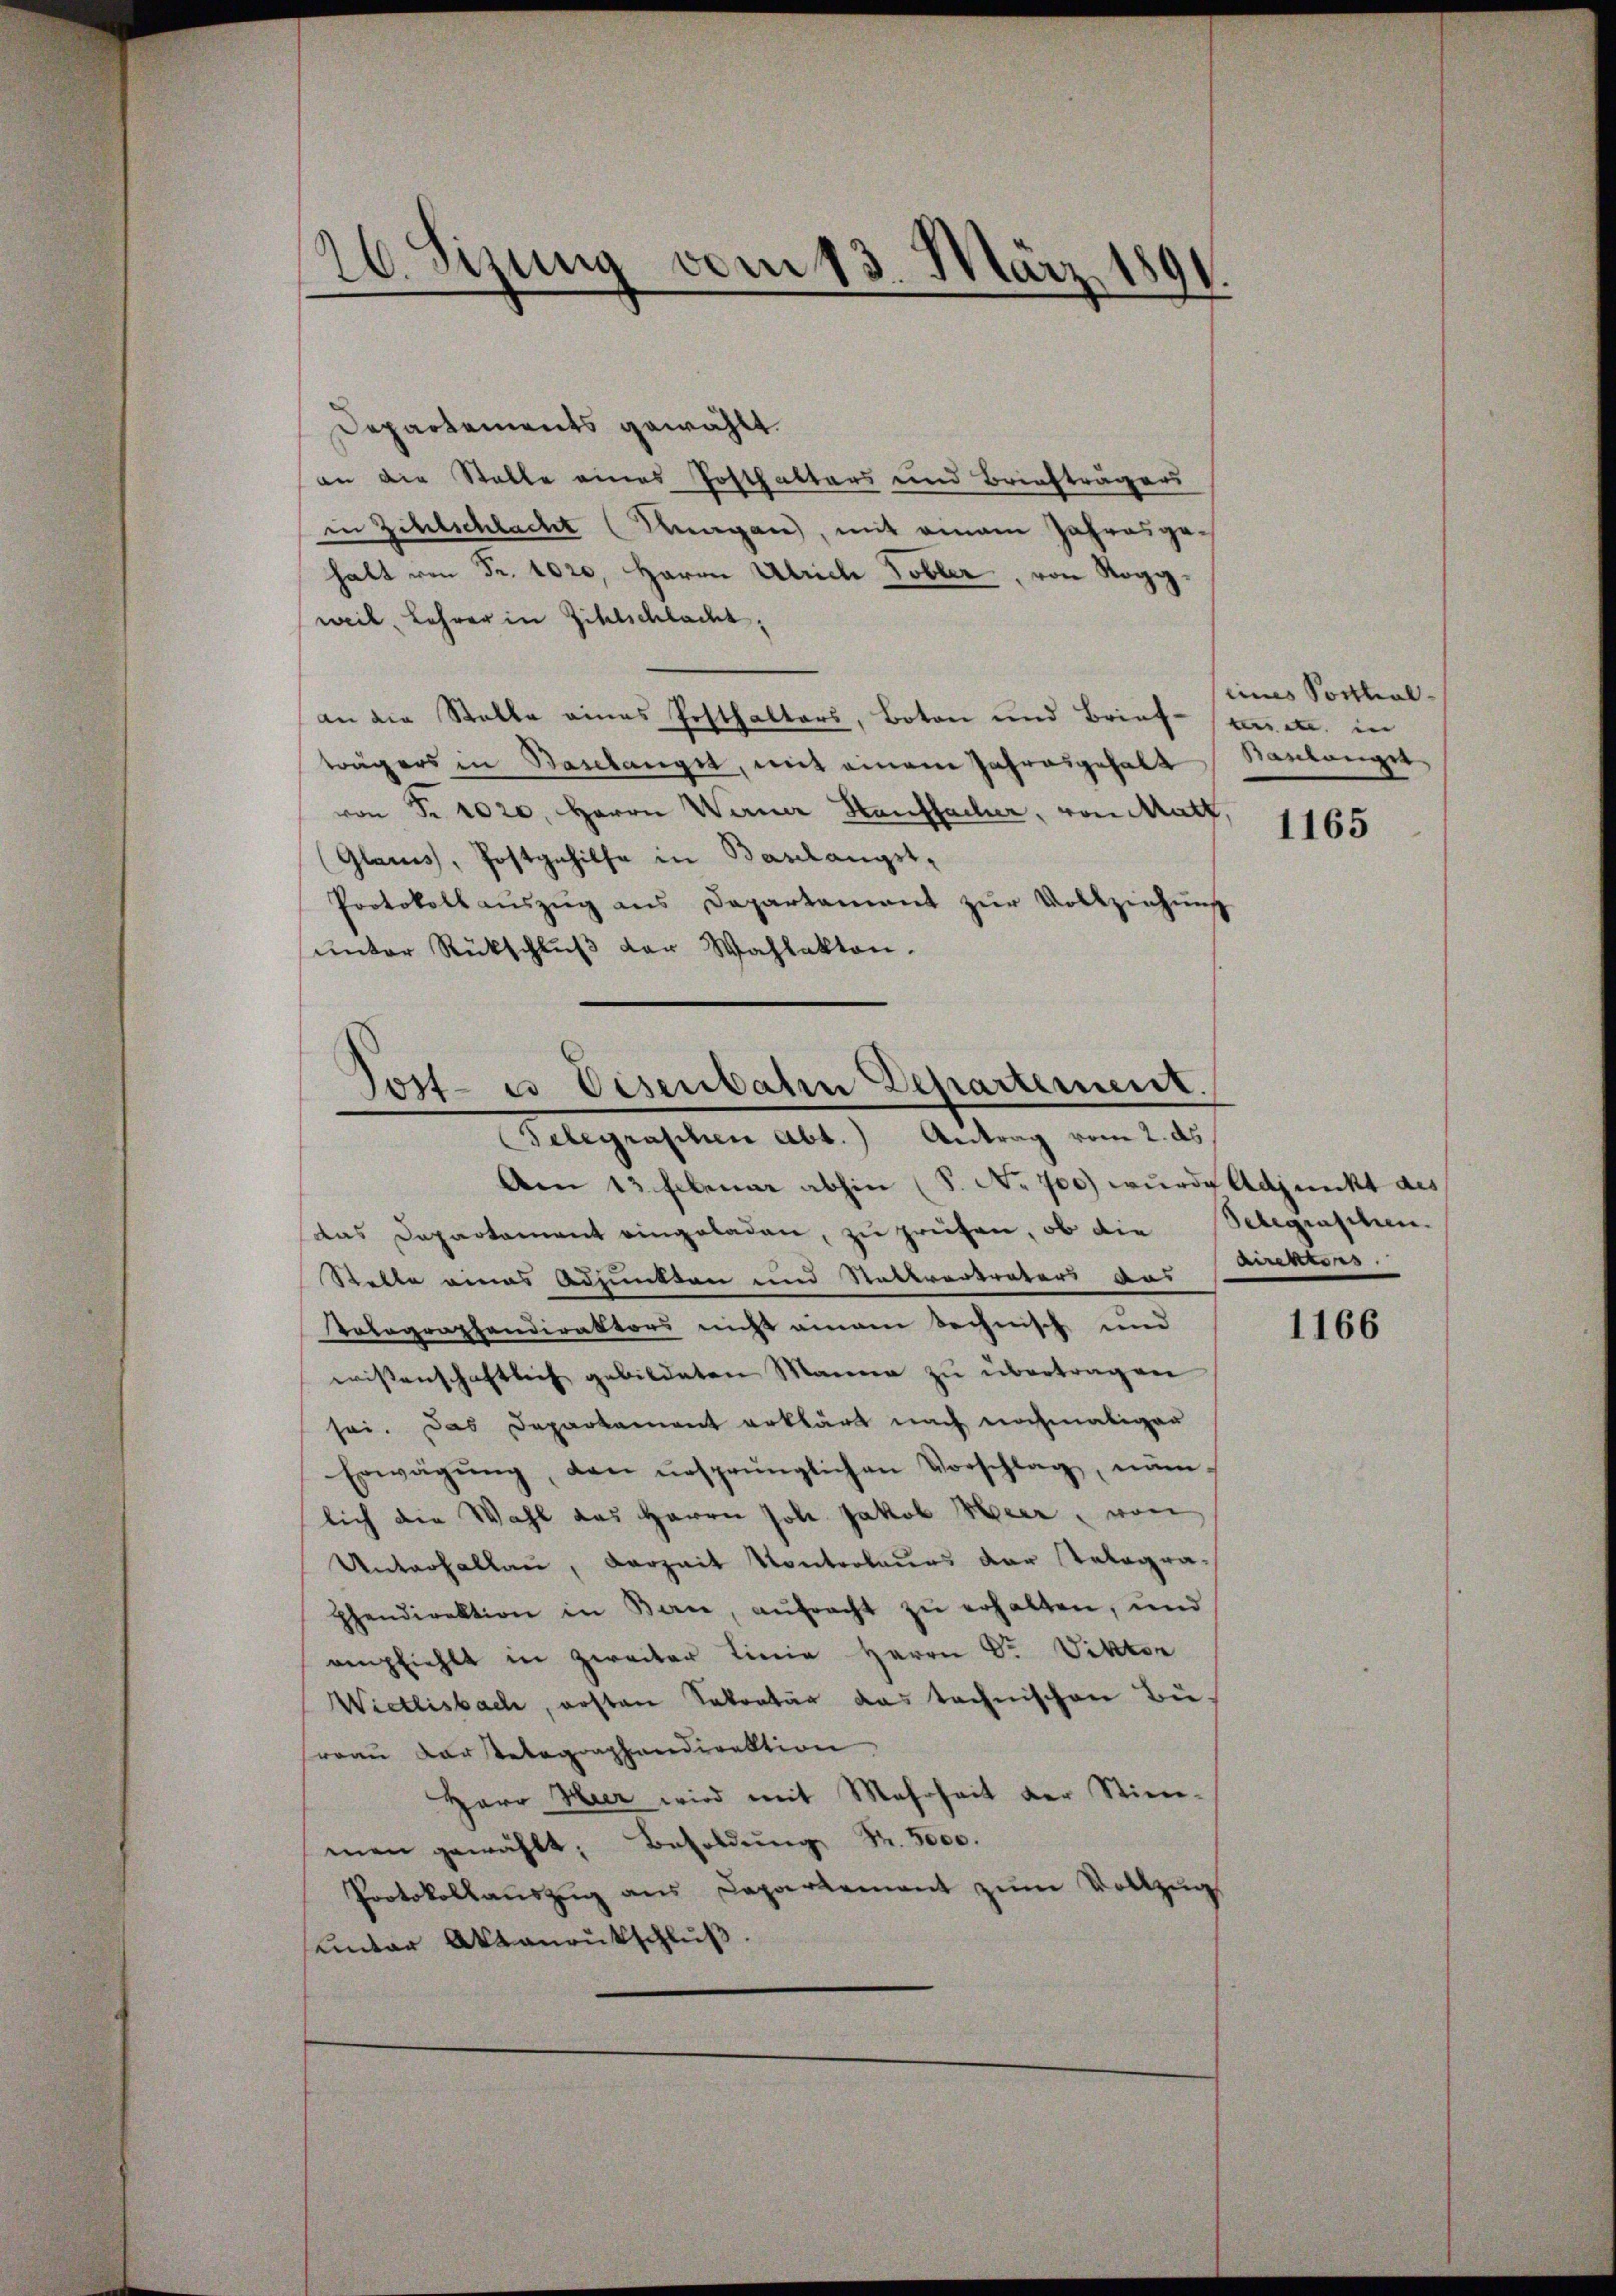
Departements gewählt.
an die Stalle eines Posthalters und Briefträgers
in Zihlschlacht (Kurgan, mit einem Jahresge-
halt von Fr. 1020. Herrn Ulrich Tobler, von Roggweil, Lehrer in Zihlschlacht,
an die Stalle eines Posthalters, Boten und Brief sammen in
wägers in Baselanget, mit einem Jahresgehalt Banlanget
von Fr. 1020. Herrn Werner Hanffacher, von Matt, 1165
Glarus, Postgehilfe in Barlangst¬
Protokollauszug aus Departement zur Vollziehung
unter Rückschluß der Wahlakten.

26. Sina vom 13. März
¬
.

Post- u Eisenbahn Departement.
Belegraphen Abt.) Antrag vom 2. ds

Am 13. Februar abhin (S. Nr. 700) wurde Adjunkt des
das Departament eingeladen, zu prüfen, ob die
Stelle eines Adjunkten und Rattverträters aus
Volographendirektors nicht einem technisch und
wissenschaftlich gebildeten Manne zu übertragen
sei. Das Deparkament erklärt nach nochmaligen
Erwägŭng, den ursprünglichen Vorschlag, nämlich die Wahl das Herrn Joh. Jakob Heer, von
Unterhallen, derzeit Kontroleurs der Relegraphendirektion in Bern, aŭfracht zŭ erhalten, und
empfiehlt in zweiter Linie Herrn Dr. Viktor
Wietlisbach, ersten Sekretär das technischen Büfrau Kartelegraphendirektion
Herr Hier wird mit Mehrheit der Stim-
men gewählt. Besoldŭng Fr. 5000.
Protokollauszug aus Departement zum Vollzug
unter Aktenrückschluß

eines Porthal-

Selegraschen.
direktors

1166